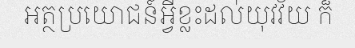
អត្ថប្រយោជន៍អ្វីខ្លះដល់យុវវ័យ ក៏